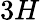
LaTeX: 3H